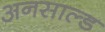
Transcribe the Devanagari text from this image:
अनसाल्ड